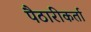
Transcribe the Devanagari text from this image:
पैठारीकर्ता